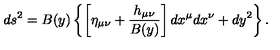
d s ^ { 2 } = B ( y ) \left\{ \left[ \eta _ { \mu \nu } + { \frac { h _ { \mu \nu } } { B ( y ) } } \right] d x ^ { \mu } d x ^ { \nu } + d y ^ { 2 } \right\} .